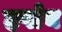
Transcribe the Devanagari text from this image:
हर्षाय